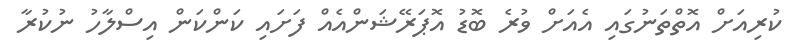
ކުރިއަށް އޮތްތަނުގައި އެއަށް ވުރެ ބޮޑު އޮޕަރޭޝަންއެއް ފަށައި ކަންކަން އިސްލާހު ނުކުރާ